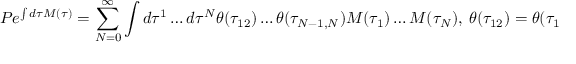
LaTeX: P e ^ { \int d \tau M ( \tau ) } = \sum _ { N = 0 } ^ { \infty } \int d \tau ^ { 1 } \dots d \tau ^ { N } \theta ( \tau _ { 1 2 } ) \dots \theta ( \tau _ { N - 1 , N } ) M ( \tau _ { 1 } ) \dots M ( \tau _ { N } ) , \ \theta ( \tau _ { 1 2 } ) = \theta ( \tau _ { 1 } - \tau _ { 2 } ) \ .